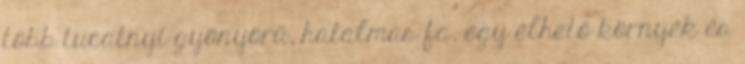
több tucatnyi gyönyörű, hatalmas fa, egy élhető környék és